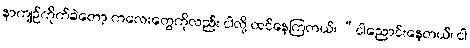
နာကျဉ်ကိုက်ခဲတော့ ကလေးတွေကိုလည်း ငါလို့ ထင်နေကြတယ်၊ “ငါညောင်းနေတယ်၊ ငါ